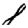
Digit: 8